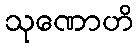
သုဏောဟိ